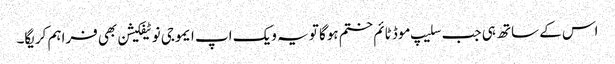
اس کے ساتھ ہی جب سلیپ موڈ ٹائم ختم ہوگا تو یہ ویک اپ ایموجی نوٹیفکیشن بھی فراہم کریگا۔